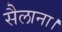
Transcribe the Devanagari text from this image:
सैलाना।